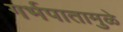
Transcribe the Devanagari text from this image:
गर्भपातामुळे